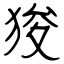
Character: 狻